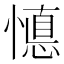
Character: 𱟇